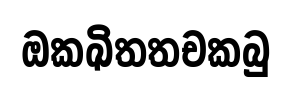
ඔකඛිතතචකබු